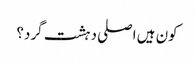
کون ہیں اصلی دہشت گرد؟